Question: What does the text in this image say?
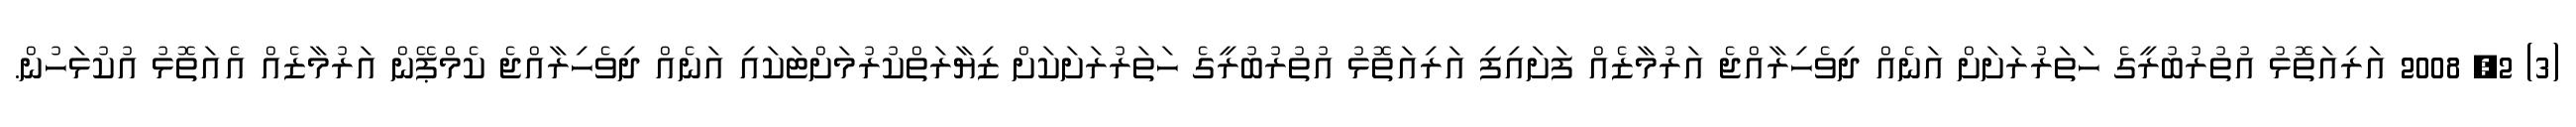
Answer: (3) 2, 2008 އަރިއަތޮޅު އުތުރުބުރީގެ ހަތަރުރަށަށް އަނެއް ދިވެހިރާއްޖެ އަރުމާޒެއް ފަށައިފި އަރިއަތޮޅު އުތުރުބުރީގެ ހަތަރުރަށަކަށް ޒިޔާރަތްކުރުމަށްޓަކައި އަނެއް ދިވެހިރާއްޖެ ކެމްޕޭން އަރުމާޒެއް އެއަތޮޅު އުކުޅަހުން.